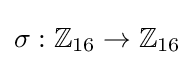
\sigma :\mathbb {Z} _{16}\rightarrow \mathbb {Z} _{16}